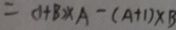
= ( 1 + B ) \times A - ( A + 1 ) \times B